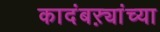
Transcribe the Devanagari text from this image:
कादंबऱ्यांच्या